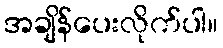
အချိန်ပေးလိုက်ပါ။